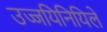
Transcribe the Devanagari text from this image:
उज्जयिनियिले